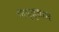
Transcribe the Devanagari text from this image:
विवृत्ताभ